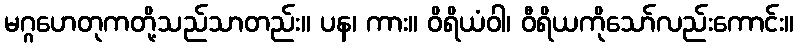
မဂ္ဂဟေတုကတို့သည်သာတည်း။ ပန၊ ကား။ ဝိရိယံဝါ၊ ဝီရိယကိုသော်လည်းကောင်း။